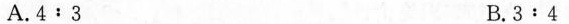
A.4:3 B.3:4